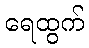
ရေထွက်